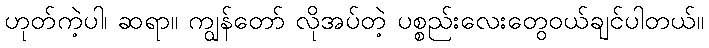
ဟုတ်ကဲ့ပါ၊ ဆရာ။ ကျွန်တော် လိုအပ်တဲ့ ပစ္စည်းလေးတွေဝယ်ချင်ပါတယ်။